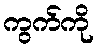
ကွက်ကို